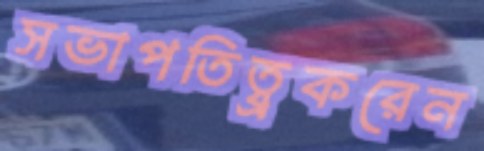
সভাপতিত্ব্রকরেন